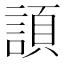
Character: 𧩬